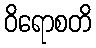
ဝိရောစတိ